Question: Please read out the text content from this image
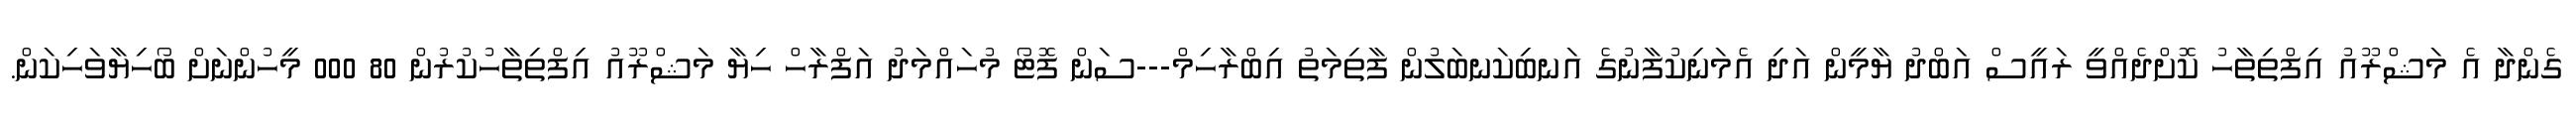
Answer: ގެންދާ އެ މަޝްރޫއު އިފްތިތާހު ކޮށްދެއްވީ ރައީސް އަބްދު ޔާމީން އަދި އެމަނިކުފާނުގެ އަނބިކަނބަލުން ފާތިމަތު އިބްރާހިމް---ސަން ފޮޓޯ މުހައްމަދު އަފްރާހް ހިޔާ މަޝްރޫއު އިފްތިތާހުކުރުން 80 000 މީހުންނަށް ބޯހިޔާވަހިކަން.